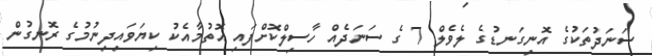
ސަނަދުތަކުގެ އޮނިގަނޑުގެ ލެވެލް 7 ގެ ސަނަދެއް ހާސިލްކޮށްފައި އޮތުމާއެކު ކިޔަވައިދިނުމުގެ ރޮނގުން